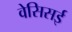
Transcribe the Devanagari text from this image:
वेसिसई